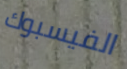
الفيسبوك